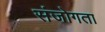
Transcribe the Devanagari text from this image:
संजोगता